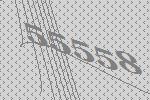
55558